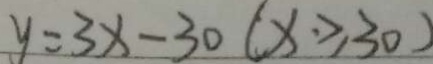
y = 3 x - 3 0 ( x \geq 3 0 )